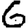
Digit: 6